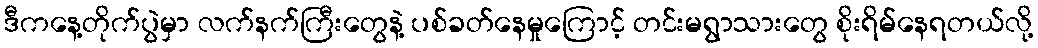
ဒီကနေ့တိုက်ပွဲမှာ လက်နက်ကြီးတွေနဲ့ ပစ်ခတ်နေမှုကြောင့် တင်းမရွာသားတွေ စိုးရိမ်နေရတယ်လို့